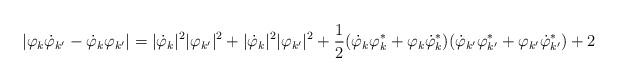
LaTeX: \begin{align*}|\varphi_k\dot\varphi_{k'}-\dot\varphi_k\varphi_{k'}|=|\dot\varphi_k|^2|\varphi_{k'}|^2+|\dot\varphi_k|^2|\varphi_{k'}|^2+\frac12(\dot\varphi_k\varphi_k^*+\varphi_k\dot\varphi_k^*)(\dot\varphi_{k'}\varphi_{k'}^*+\varphi_{k'}\dot\varphi_{k'}^*)+2\end{align*}